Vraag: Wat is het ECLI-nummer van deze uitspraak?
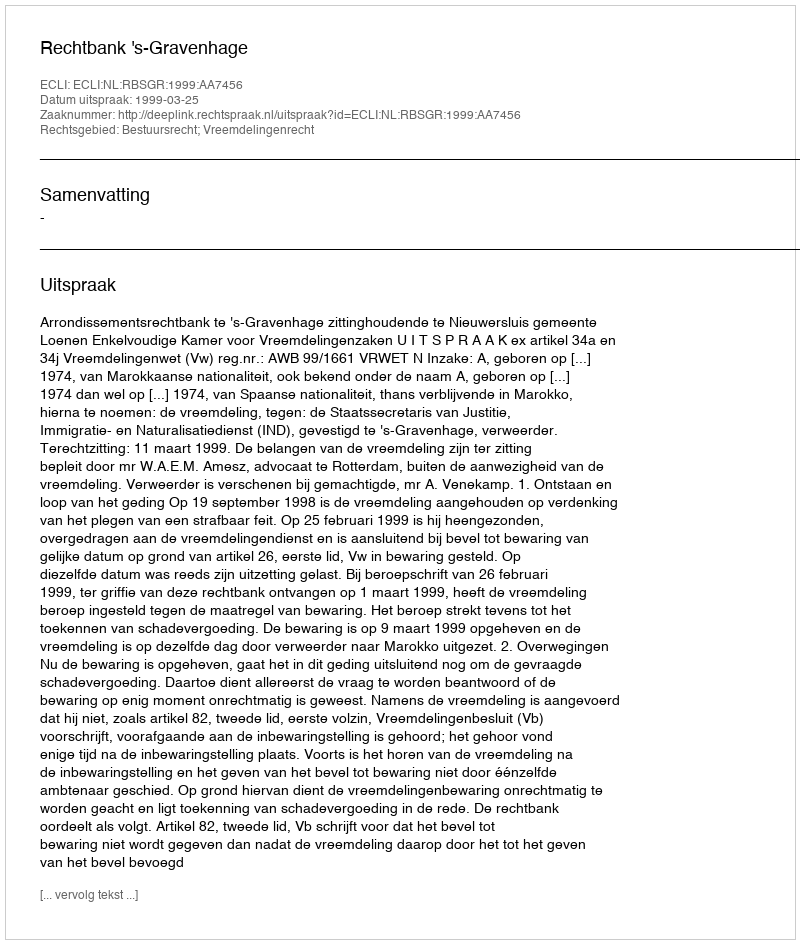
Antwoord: ECLI:NL:RBSGR:1999:AA7456